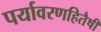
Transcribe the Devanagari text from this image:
पर्यावरणहितैषी